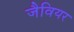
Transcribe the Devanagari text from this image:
जैवियर